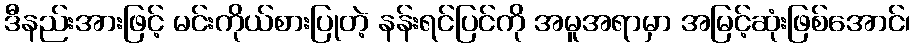
ဒီနည်းအားဖြင့် မင်းကိုယ်စားပြုတဲ့ နန်းရင်ပြင်ကို အမူအရာမှာ အမြင့်ဆုံးဖြစ်အောင်၊